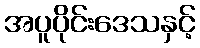
အပူပိုင်းဒေသနှင့်